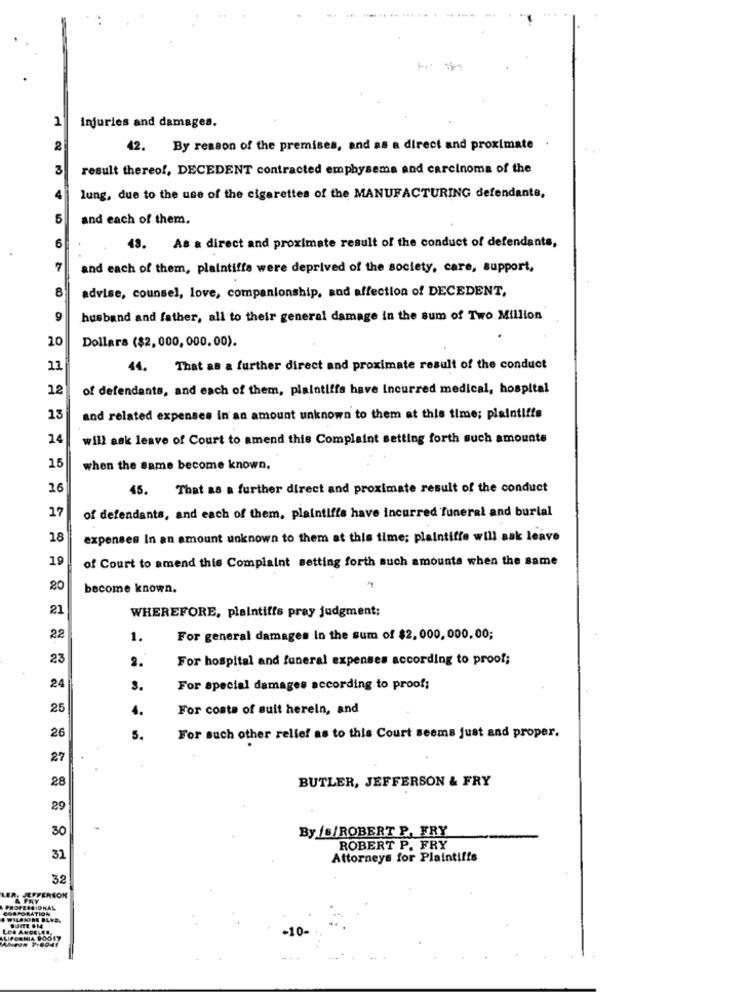
1
Injuries and damages.
2
42. By reason of the premises, and as a direct and proximate
3
result thereof, DECEDENT contracted emphysema and carcinoma of the
lung, due to the use of the cigarettes of the MANUFACTURING defendants,
5
and each of them.
6
43. As a direct and proximate result of the conduct of defendants,
7
and each of them, plaintiffe were deprived of the society, care, support,
8
advise, counsel, love, companionship, and affection of DECEDENT,
9
husband and father, all to their general damage in the sum of Two Million
10
Dollars ($2, 000, 000, 00).
11
44. That as a further direct and proximate result of the conduct
12
of defendants, and each of them, plaintiffs have Incurred medical, hospital
13
and related expenses in an amount unknown to them at this time; plaintiffs
14
will ask leave of Court to amend this Complaint setting forth such amounte
15
when the same become known.
16
45.
That as a further direct and proximate result of the conduct
of defendants, and each of them, plaintiffs have incurred funeral and burial
17
18
expenses In an amount unknown to them at this time; plaintiffe will ask leave
19
of Court to amend this Complaint setting forth such amounts when the same
20
become known.
21
WHEREFORE, plaintiffs pray judgment:
22
1.
For general damages In the sum of $2, 000, 000. 00;
23
2.
For hospital and funeral expenses according to proof;
24
3.
For special damages according to proof;
25
1.
For costs of suit herein, and
26
5.
For such other relief as to this Court seems just and proper.
27
28
BUTLER, JEFFERSON & FRY
29
30
By /B/ROBERT P, FRY
ROBERT P. FRY
31
Attorneys for Plaintiffs
32
JEFFERSON
FESSIONAL
PORATION
-10-